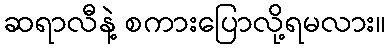
ဆရာလီနဲ့ စကားပြောလို့ရမလား။